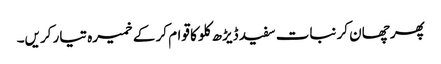
پھر چھان کر نبات سفید ڈیڑھ کلو کا قوام کر کے خمیرہ تیار کریں۔